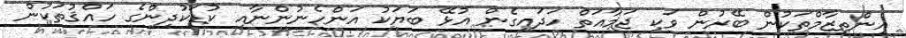
އިންތިޒާމްތަކުން ބޭރުން ވަކި ޖަމާއަތް ހަދައިގެން އުޅޭ ބަޔަކު އަންހެނުންނާއި ކުޑަކުދިންގެ ހައްޤުތަކުން